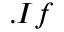
. I f